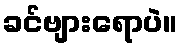
ခင်ဗျားရောပဲ။